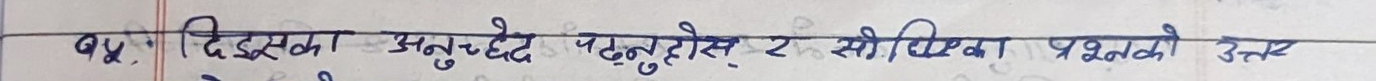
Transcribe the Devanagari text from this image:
प्रश्न. दिइएका अनुच्छेद पढ्नुहोस् र सोधिएका प्रश्नको उत्तर